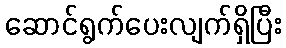
ဆောင်ရွက်ပေးလျက်ရှိပြီး